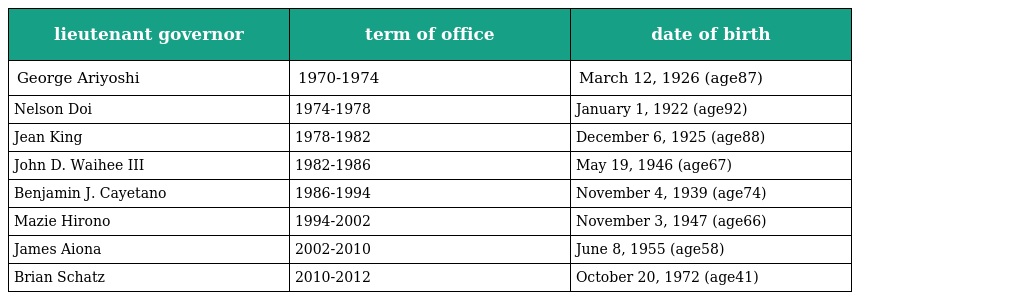
| lieutenant governor | term of office | date of birth |
 | --- | --- | --- |
 | George Ariyoshi | 1970-1974 | March 12, 1926 (age87) |
 | Nelson Doi | 1974-1978 | January 1, 1922 (age92) |
 | Jean King | 1978-1982 | December 6, 1925 (age88) |
 | John D. Waihee III | 1982-1986 | May 19, 1946 (age67) |
 | Benjamin J. Cayetano | 1986-1994 | November 4, 1939 (age74) |
 | Mazie Hirono | 1994-2002 | November 3, 1947 (age66) |
 | James Aiona | 2002-2010 | June 8, 1955 (age58) |
 | Brian Schatz | 2010-2012 | October 20, 1972 (age41) |